Leaving Certificate Examination, 1904
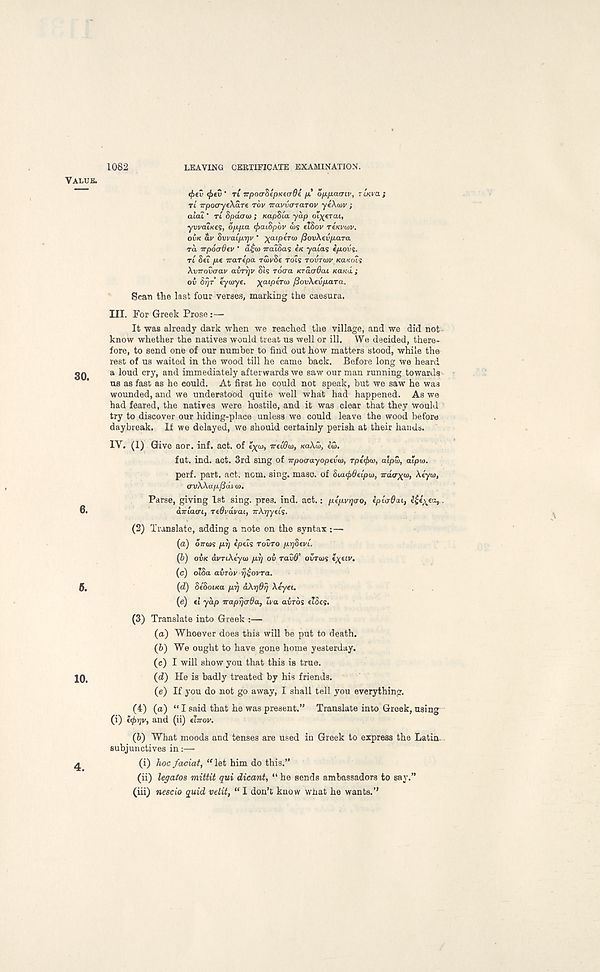
1082
LEAVING CERTIFICATE EXAMINATION.
<t>ev <t>tv ' TL TrpoaZepKeade /x O/JL/XCUTIV, TIKVO. ;
TL irpocryeXare TOV iravvaTarov yeXcDv ;
alai' TL Spdao) ; KapSta yap oi^erat,
ywat/fes, oppa <f>ai$pov u)s eTSov TfKVwv.
OVK av SvvaCprjv * ^aipero) fiovXevpara
rd irpoaOev ' a^co jralSas in yatas epovs.
TL Set /x« TraTepa. TwySe TOLS TOVTLOV KUKCHS
XvTrovcray avrrjv Sis rocra KTaardaL Kand ;
ov Sr/T tyayye. \aip6Tw /SovXevpaTa.
Scan the last four verses, marking the caesura.
III. For Greek Prose:—
It -was already dark when we reached the village, and we did not
know whether the natives would treat us well or ill. We decided, there-
fore, to send one of our number to find out how matters stood, while th&
rest of us waited in the wood till he came back. Before long we heard
a loud cry, and immediately afterwards we saw our man running towards
us as fast as he could. At first he could not speak, but we saw he was
wounded, and we understood quite well what had happened. As we
had feared, the natives were hostile, and it was clear that they would
try to discover our hiding-place unless we could leave the wood before
daybreak. If we delayed, we should certainly perish at their hands.
IV. (1) Give aor. inf. act. of
ireiOo), KaXH>, ltd.
fut. ind. act. 3rd sing of irpocrayopevat, rpl^m, alpu>, a“p<o.
perf. part. act. nom. sing. masc. of Sicnjbdeipw, Tratr^w, Xeyw,
<rvXXapf3d.ui}.
Parse, giving 1st sing. pres. ind. act.: plpvqao, eplaOaL, e^ea,.
diTLacTL, T(8vdyai, irXqyeLS.
(2) Translate, adding a note on the syntax :—
(а) oTTCOS pq ipeis TOITO pqSevL.
(б) owe avTiXtyu) pi] ov radfl’ OVTOJS «X CIV .
(c) o’Sa avrov rjqoVTa.
(d) SeSoiKa prj aXqdrj Xeyei.
(e) «t yap iraprjo'Oa, Iva airds eidcs.
(3) Translate into Greek :—
(а) Whoever does this will be put to death.
(б) We ought to have gone home yesterday.
(c) I will show you that this is true.
(d) He is badly treated by his friends.
(e) If you do not go away, I shall tell you everything.
(4) (o) “ I said that he was present.” Translate into Greek, using
(i)
i<j>r]v, and (ii) tlirov.
(6) What moods and tenses are used in Greek to express the Latin
subjunctives in:—
(i) hoc faciat, “ let him do this.”
(ii) legates mittit qui dicant, “ he sends ambassadors to say.”
(iii)
nescio quid velit, “ I don’t know